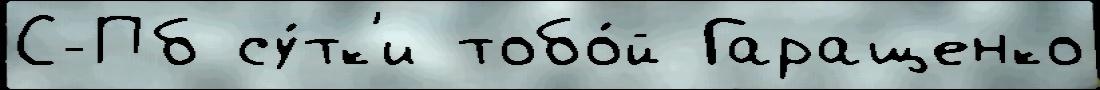
С-Пб су́тк'и тобо́й Гаращенко